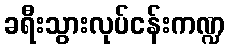
ခရီးသွားလုပ်ငန်းကဏ္ဍ